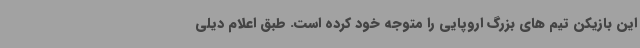
این بازیکن تیم های بزرگ اروپایی را متوجه خود کرده است. طبق اعلام دیلی